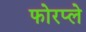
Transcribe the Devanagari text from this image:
फोरप्ले